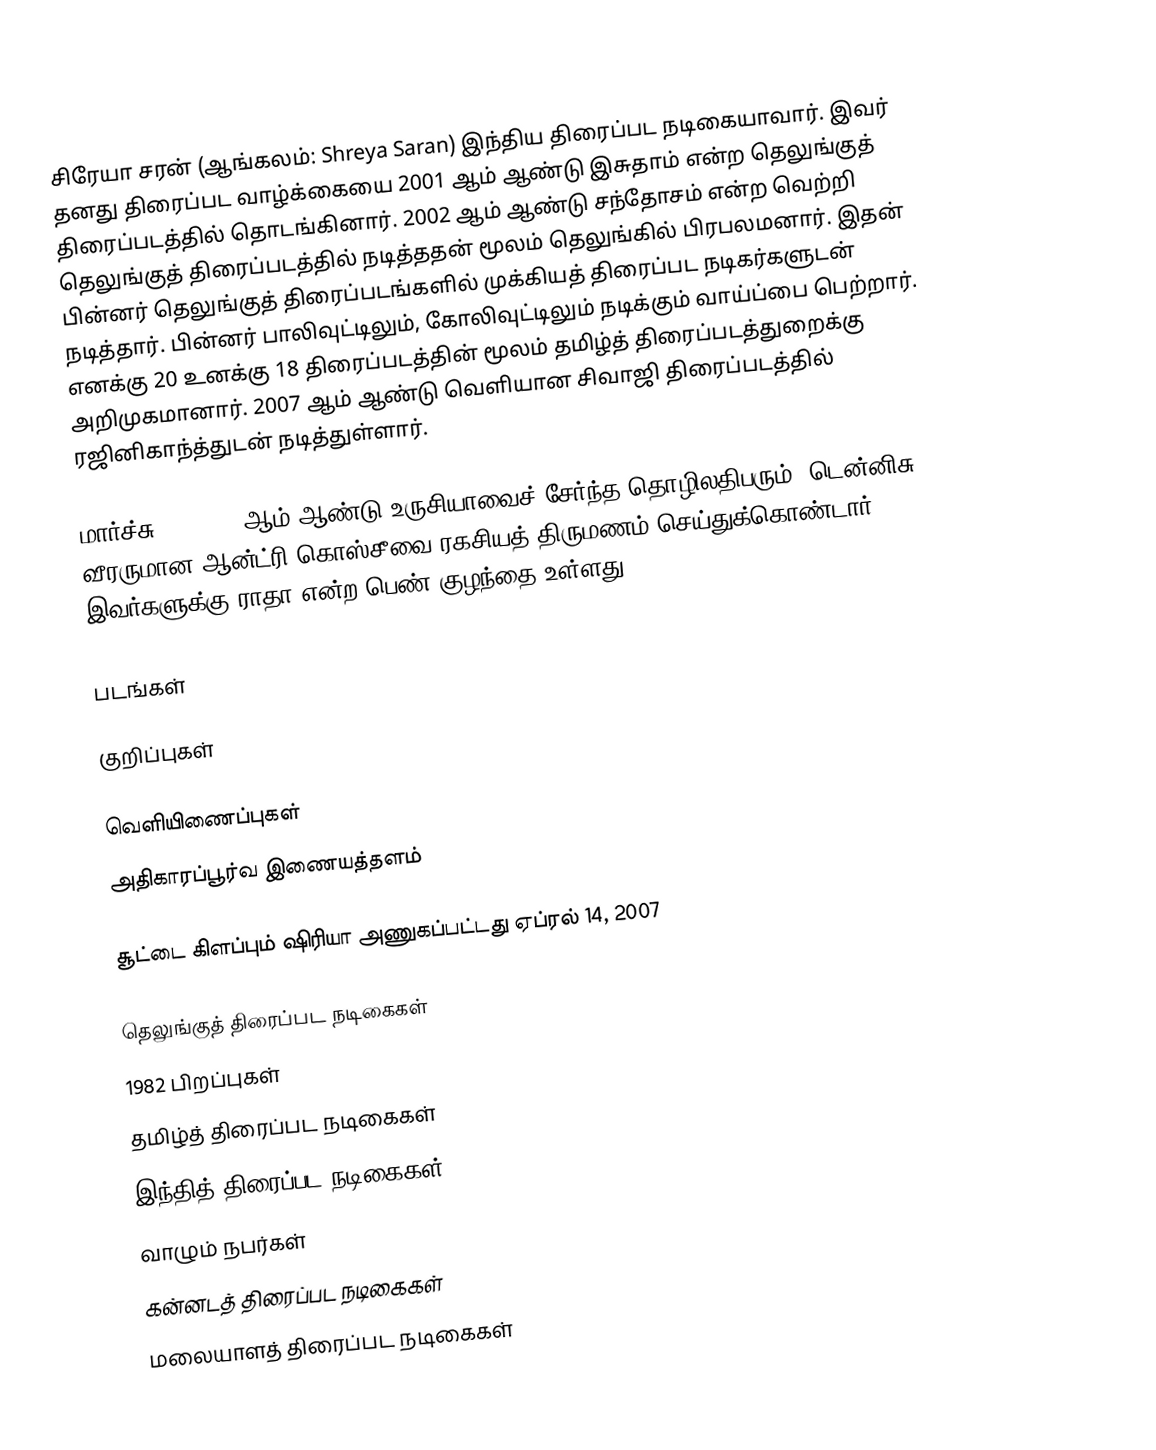
சிரேயா சரன் (ஆங்கலம்: Shreya Saran) இந்திய திரைப்பட நடிகையாவார். இவர் தனது திரைப்பட வாழ்க்கையை 2001 ஆம் ஆண்டு இசுதாம் என்ற தெலுங்குத் திரைப்படத்தில் தொடங்கினார். 2002 ஆம் ஆண்டு சந்தோசம்  என்ற வெற்றி தெலுங்குத் திரைப்படத்தில் நடித்ததன் மூலம் தெலுங்கில் பிரபலமனார். இதன் பின்னர் தெலுங்குத் திரைப்படங்களில் முக்கியத் திரைப்பட நடிகர்களுடன் நடித்தார். பின்னர் பாலிவுட்டிலும், கோலிவுட்டிலும் நடிக்கும் வாய்ப்பை  பெற்றார். எனக்கு 20 உனக்கு 18  திரைப்படத்தின் மூலம் தமிழ்த் திரைப்படத்துறைக்கு அறிமுகமானார். 2007 ஆம் ஆண்டு வெளியான சிவாஜி திரைப்படத்தில் ரஜினிகாந்த்துடன் நடித்துள்ளார்.

மார்ச்சு 12, 2018 ஆம் ஆண்டு உருசியாவைச் சேர்ந்த தொழிலதிபரும், டென்னிசு வீரருமான ஆன்ட்ரி கொஸ்சீவை ரகசியத் திருமணம் செய்துக்கொண்டார். இவர்களுக்கு ராதா என்ற பெண் குழந்தை உள்ளது.

படங்கள்

குறிப்புகள்

வெளியிணைப்புகள்
 அதிகாரப்பூர்வ இணையத்தளம்

சூட்டை கிளப்பும் ஷிரியா  அணுகப்பட்டது ஏப்ரல் 14, 2007

தெலுங்குத் திரைப்பட நடிகைகள்
1982 பிறப்புகள்
தமிழ்த் திரைப்பட நடிகைகள்
இந்தித் திரைப்பட நடிகைகள்
வாழும் நபர்கள்
கன்னடத் திரைப்பட நடிகைகள்
மலையாளத் திரைப்பட நடிகைகள்